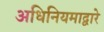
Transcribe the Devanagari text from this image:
अधिनियमाद्वारे